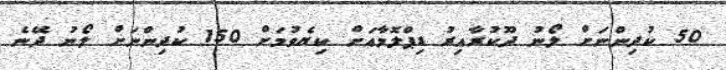
50 ކުދިންނަށް ލޯނު ދޫކުރާއިރު ޑިޕްލޮމާއަށް ކިޔެވުމަށް 150 ކުދިންނަށް ލޯނު ދޭނެ